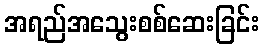
အရည်အသွေးစစ်ဆေးခြင်း